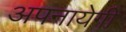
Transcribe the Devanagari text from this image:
अपनायेगी